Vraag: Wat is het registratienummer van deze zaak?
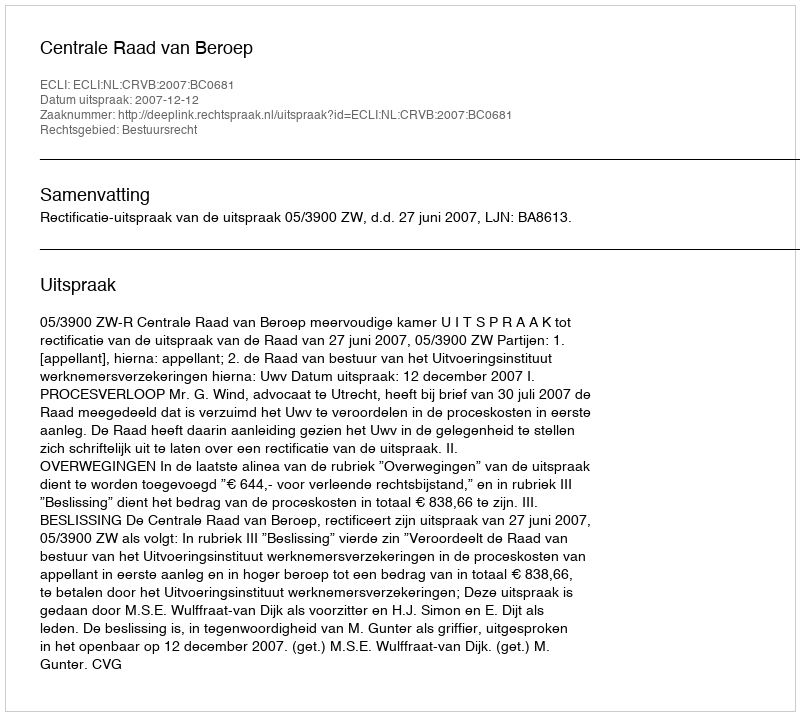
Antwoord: http://deeplink.rechtspraak.nl/uitspraak?id=ECLI:NL:CRVB:2007:BC0681